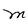
Character: M